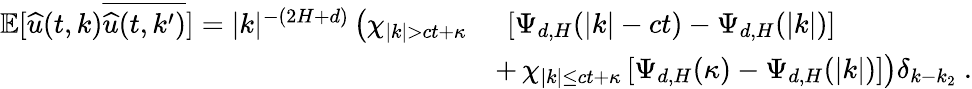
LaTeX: \begin{array}{rl}{\mathbb{E}[\widehat{u}(t,k)\overline{{\widehat{u}(t,k^{\prime})}}]=|k|^{-(2H+d)}\left(\chi_{|k|>ct+\kappa}\right.}&{\ \left[\Psi_{d,H}(|k|-ct)-\Psi_{d,H}(|k|)\right]}\\ &{+\left.\chi_{|k|\leq ct+\kappa}\left[\Psi_{d,H}(\kappa)-\Psi_{d,H}(|k|)\right]\right)\delta_{k-k_{2}}\ .}\end{array}